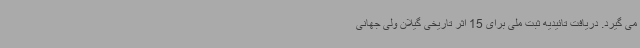
می گیرد. دریافت تائیدیه ثبت ملی برای 15 اثر تاریخی گیلان ولی جهانی